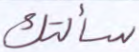
سألتك